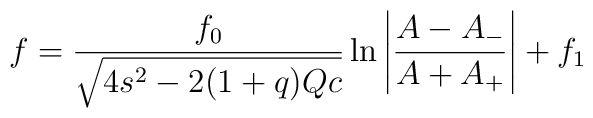
f=\frac{f_0}{\sqrt{4s^2-2(1+q)Q c }}\ln{\left| \frac{A-A_-}{A+A_+}\right| } + f_1